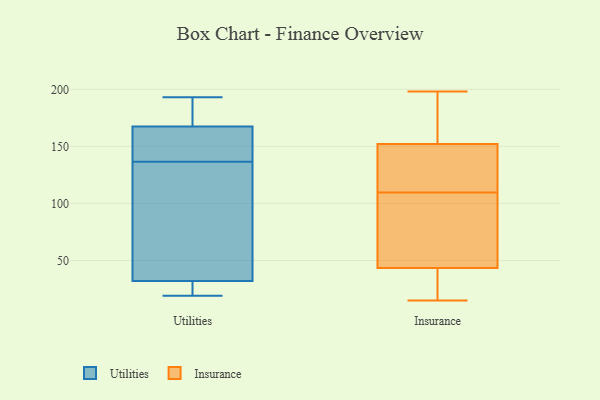
{"axis": {"x": "Energy Usage (MWh)", "y": "Value"}, "legend": ["Insurance", "Utilities"], "data": [{"x": "", "y": 27, "type": "Utilities"}, {"x": "", "y": 101, "type": "Utilities"}, {"x": "", "y": 85, "type": "Utilities"}, {"x": "", "y": 155, "type": "Utilities"}, {"x": "", "y": 19, "type": "Utilities"}, {"x": "", "y": 26, "type": "Utilities"}, {"x": "", "y": 37, "type": "Utilities"}, {"x": "", "y": 172, "type": "Utilities"}, {"x": "", "y": 185, "type": "Utilities"}, {"x": "", "y": 142, "type": "Utilities"}, {"x": "", "y": 22, "type": "Utilities"}, {"x": "", "y": 193, "type": "Utilities"}, {"x": "", "y": 163, "type": "Utilities"}, {"x": "", "y": 131, "type": "Utilities"}, {"x": "", "y": 156, "type": "Utilities"}, {"x": "", "y": 177, "type": "Utilities"}, {"x": "", "y": 160, "type": "Insurance"}, {"x": "", "y": 124, "type": "Insurance"}, {"x": "", "y": 91, "type": "Insurance"}, {"x": "", "y": 91, "type": "Insurance"}, {"x": "", "y": 22, "type": "Insurance"}, {"x": "", "y": 187, "type": "Insurance"}, {"x": "", "y": 49, "type": "Insurance"}, {"x": "", "y": 63, "type": "Insurance"}, {"x": "", "y": 15, "type": "Insurance"}, {"x": "", "y": 198, "type": "Insurance"}, {"x": "", "y": 188, "type": "Insurance"}, {"x": "", "y": 130, "type": "Insurance"}, {"x": "", "y": 24, "type": "Insurance"}, {"x": "", "y": 115, "type": "Insurance"}, {"x": "", "y": 28, "type": "Insurance"}, {"x": "", "y": 146, "type": "Insurance"}, {"x": "", "y": 158, "type": "Insurance"}, {"x": "", "y": 38, "type": "Insurance"}, {"x": "", "y": 104, "type": "Insurance"}, {"x": "", "y": 132, "type": "Insurance"}]}